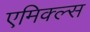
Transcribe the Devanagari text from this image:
एमिक्ल्स